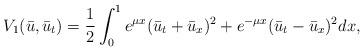
LaTeX: \begin{align*}V_1(\bar u, \bar u_t) = \frac{1}{2}\int_0^1 e^{\mu x} (\bar u_t+\bar u_x)^2+e^{-\mu x} (\bar u_t-\bar u_x)^2 dx,\end{align*}